Calcutta medical institutions reports 1879-81 [i.e.91]
Year: 1879
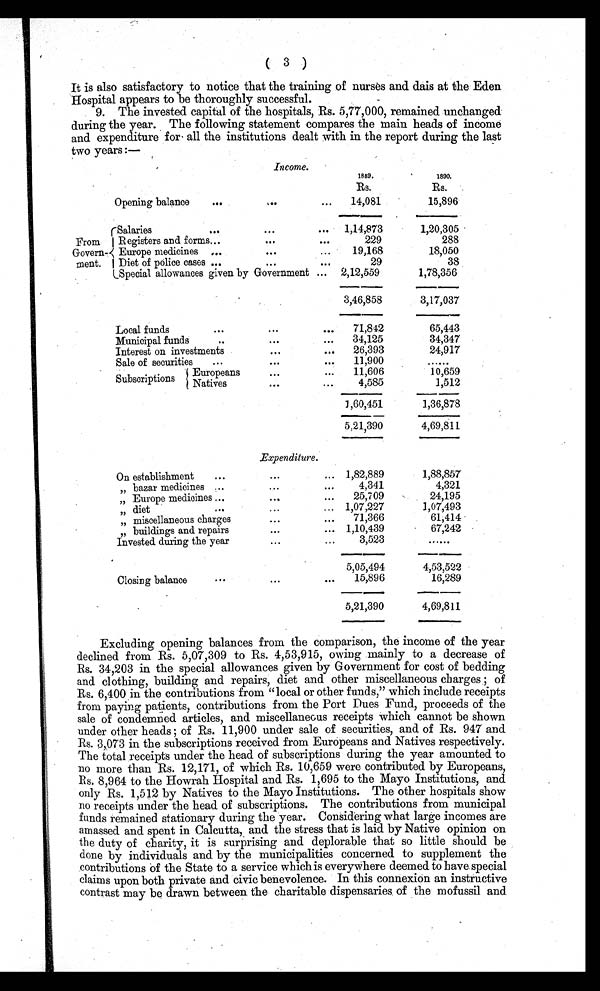
( 3 )
It is also satisfactory to notice that the training of nurses and dais at the Eden
Hospital appears to be thoroughly successful.
9. The invested capital of the hospitals, Rs. 5,77,000, remained unchanged
during the year. The following statement compares the main heads of income
and expenditure for all the institutions dealt with in the report during the last
two years:—
Income.
1889.
1890.
Rs.
Rs.
Opening balance
. . .
. . .
. . .
14,081
15,896
From
Govern-
ment.
Salaries
. . .
. . .
...
1,14,873
1,20,305
Registers and forms
. . .
. . .
. . .
229
288
Europe medicines ...
. . .
...
19,168
18,050
Diet of police cases ...
. . .
. . .
29
38
Special allowances given by Government ... 2,12,559
1,78,356
3,46,858
3,17,037
Local funds
. . .
. . .
...
71,842
6 5 , 4 4 3
Municipal funds
. .
. . .
. . .
34,125
34,347
Interest on investments
. . .
...
26,393
24,917
Sale of securities
...
. . .
...
11,900
......
Subscriptions
Europeans
. . .
...
11,606
10,659
Natives
. . .
...
4,585
1,512
1,60,451
1,36,878
5,21,390
4,69,811
Expenditure.
On establishment
...
. . .
... 1,82,889
1,88,857
„ bazar medicines ...
. . .
...
4,341
4,321
„ Europe medicines
. . .
. . .
...
25,709
24,195
„ diet
. . .
...
... 1,07,227
1,07,493
„ miscellaneous charges
...
...
71,366
61,414
,, buildings and repairs
. . .
... 1,10,439
67,242
Invested during the year
. . .
...
3,523
......
5,05,494
4,53,522
Closing balance
. . .
...
...
15,896
16,289
5,21,390
4,69,811
Excluding opening balances from the comparison, the income of the year
declined from Rs. 5,07,309 to Rs. 4,53,915, owing mainly to a decrease of
Rs. 34,203 in the special allowances given by Government for cost of bedding
and clothing, building and repairs, diet and other miscellaneous charges; of
Rs. 6,400 in the contributions from "local or other funds," which include receipts
from paying patients, contributions from the Port Dues Fund, proceeds of the
sale of condemned articles, and miscellaneous receipts which cannot be shown
under other heads; of Rs. 11,900 under sale of securities, and of Rs. 947 and
R s. 3,073 in the subscriptions received from Europeans and Natives respectively.
The total receipts under the head of subscriptions during the year amounted to
no more than Rs. 12,171, of which Rs. 10,659 were contributed by Europeans,
Rs. 8,964 to the Howrah Hospital and Rs. 1,695 to the Mayo Institutions, and
only Rs. 1,512 by Natives to the Mayo Institutions. The other hospitals show
no receipts under the head of subscriptions. The contributions from municipal
funds remained stationary during the year. Considering what large incomes are
amassed and spent in Calcutta, and the stress that is laid by Native opinion on
the duty of charity, it is surprising and deplorable that so little should be
done by individuals and by the municipalities concerned to supplement the
contributions of the State to a service which is everywhere deemed to have special
claims upon both private and civic benevolence. In this connexion an instructive
contrast may be drawn between the charitable dispensaries of the mofussil and